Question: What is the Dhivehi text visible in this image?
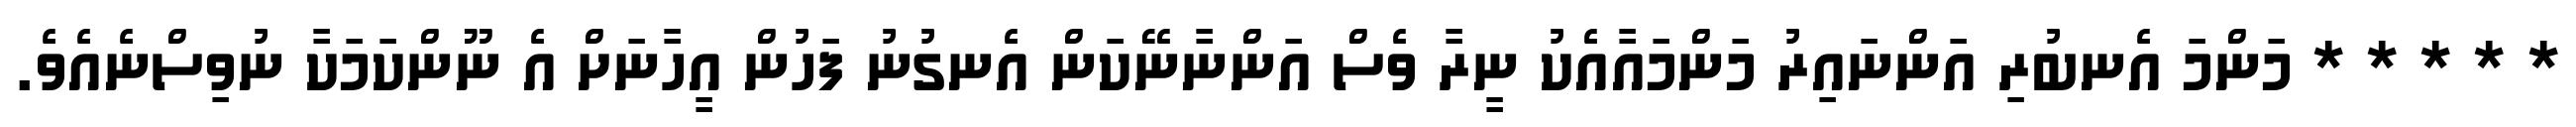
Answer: * * * * * މަންމަ އެނބުރި އަންނައިރު މަންމައާއެކު ނީރާ ވެސް އަންނާނޭކަން އެނގުނު ފަހުން އީހާނަށް އެ ނޫންކަމަކާ ނުވިސްނެއެވެ.